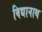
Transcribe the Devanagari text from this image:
बिद्यानाथ